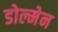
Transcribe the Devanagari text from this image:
डोल्मेन